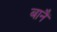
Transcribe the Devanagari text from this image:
बानैं